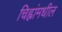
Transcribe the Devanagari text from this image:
चिह्नांमधील